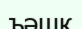
ъәшқ